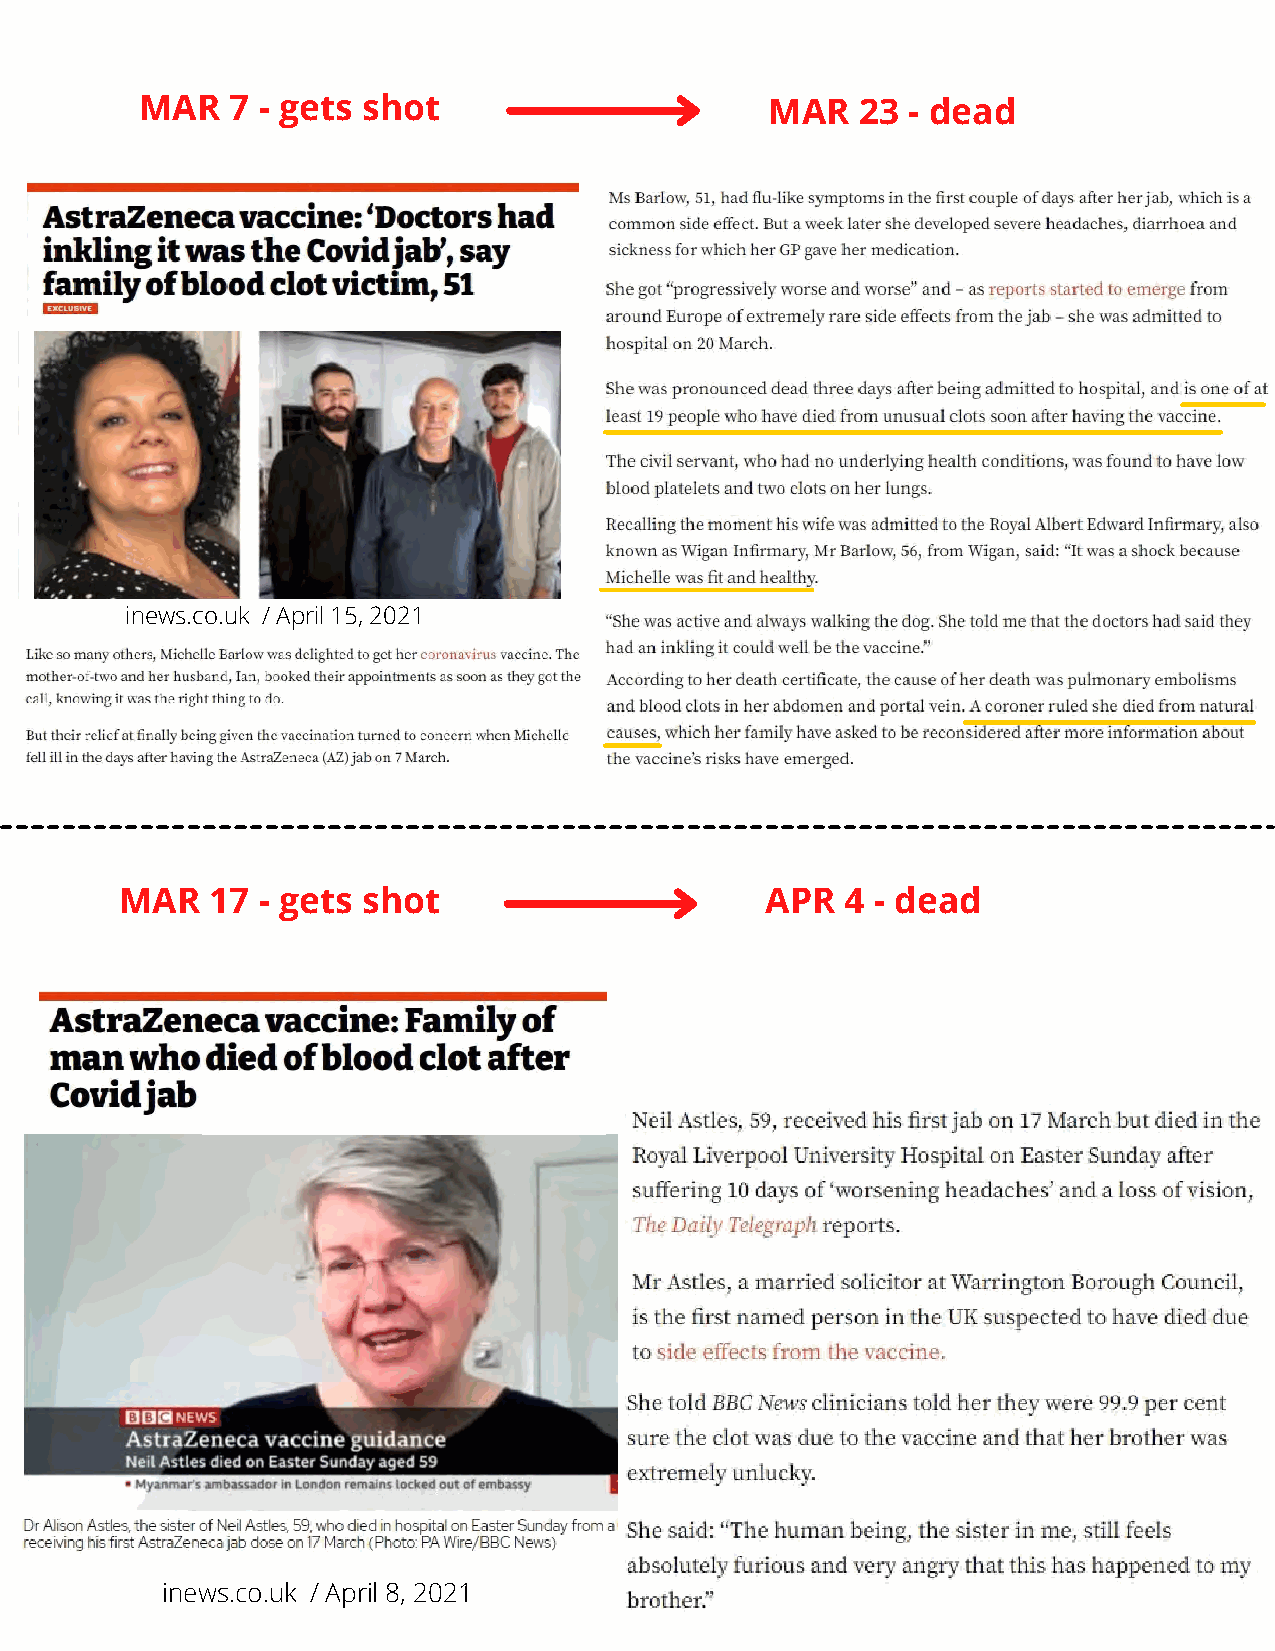
MAR   7 - gets shot                       MAR   23 - dead
 inews.co.uk / April 15, 2021
 MAR   17 - gets shot                       APR  4 - dead
 inews.co.uk / April 8, 2021